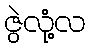
ဇွဲလုံ့လ